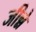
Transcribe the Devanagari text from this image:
जीन्ने